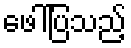
ဖေါ်ပြသည့်